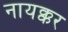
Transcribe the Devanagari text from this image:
नायक्कर